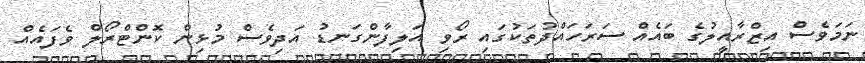
ނަމަވެސް އިޒްރާއީލުގެ ބައެއް ސަރަހައްދުތަކުގައި ރޯވި އަލިފާންގަނޑު އަދިވެސް މުޅިން ކޮންޓްރޯލް ވެފައެއް